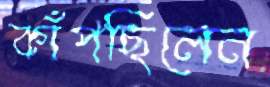
কাঁপছিলেন